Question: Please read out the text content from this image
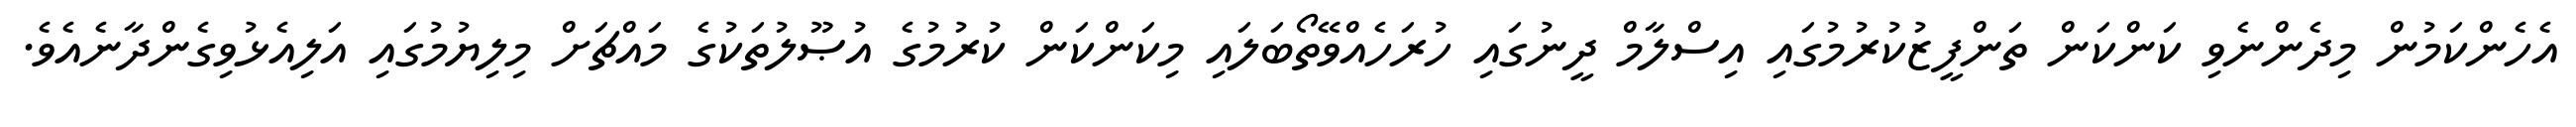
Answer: އެހެންކަމުން މިދެންނެވި ކަންކަން ތަންފީޒުކުރުމުގައި އިސްލާމް ދީނުގައި ހުރަހެއްވޭތޯބަލައި މިކަންކަން ކުރުމުގެ އުޞޫލުތަކުގެ މައްޗަށް މިލިޔުމުގައި އަލިއެޅުވިގެންދާނެއެވެ.